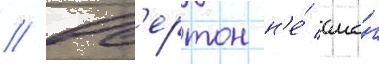
// Ов'ертон н'е́ смо́г